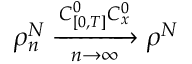
\rho _ { n } ^ { N } \xrightarrow [ n \rightarrow \infty ] { C _ { [ 0 , T ] } ^ { 0 } C _ { x } ^ { 0 } } \rho ^ { N }